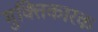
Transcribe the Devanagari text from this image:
मुक्तिकारक